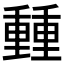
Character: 𨤶